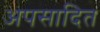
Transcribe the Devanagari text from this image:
अपसादित